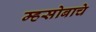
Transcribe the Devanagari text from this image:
म्हसोबाचे